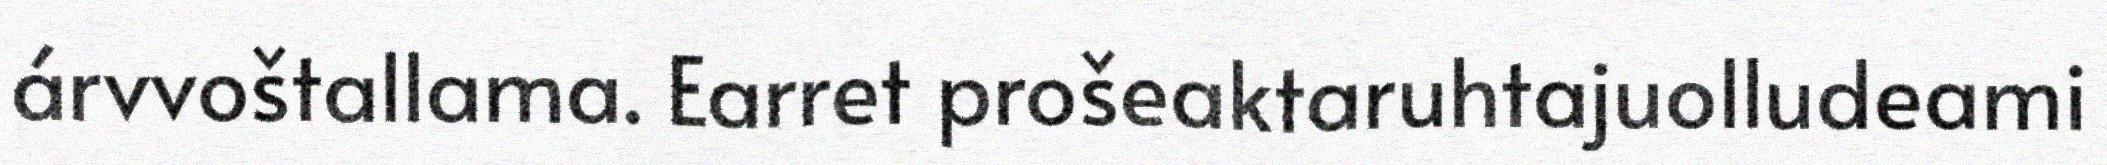
árvvoštallama. Earret prošeaktaruhtajuolludeami